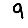
Digit: 9